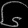
Digit: ၆